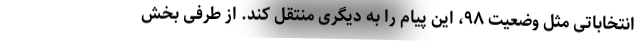
انتخاباتی مثل وضعیت ۹۸، این پیام را به دیگری منتقل کند. از طرفی بخش